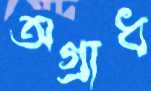
অগ্রাধ